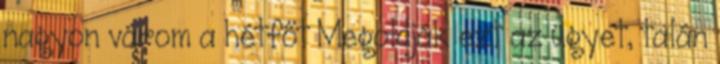
nagyon várom a hétfőt Megoldják ezt az ügyet, talán